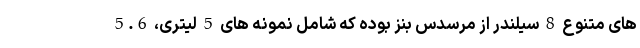
های متنوع 8 سیلندر از مرسدس بنز بوده که شامل نمونه های 5 لیتری، 5.6